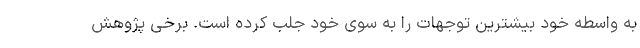
به واسطه خود بیشترین توجهات را به سوی خود جلب کرده است. برخی پژوهش